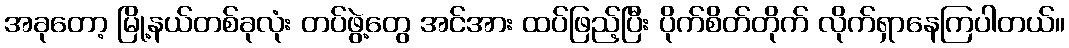
အခုတော့ မြို့နယ်တစ်ခုလုံး တပ်ဖွဲ့တွေ အင်အား ထပ်ဖြည့်ပြီး ပိုက်စိတ်တိုက် လိုက်ရှာနေကြပါတယ်။